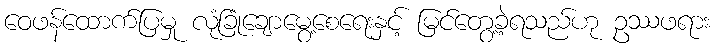
ဝေဖန်ထောက်ပြမှု လုံခြုံချောမွေ့စေရေးနှင့် မြင်တွေ့ခဲ့ရသည်ဟု ဥဿဖရား